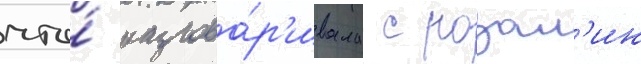
что́ разгова́р'ивала с розал'ин